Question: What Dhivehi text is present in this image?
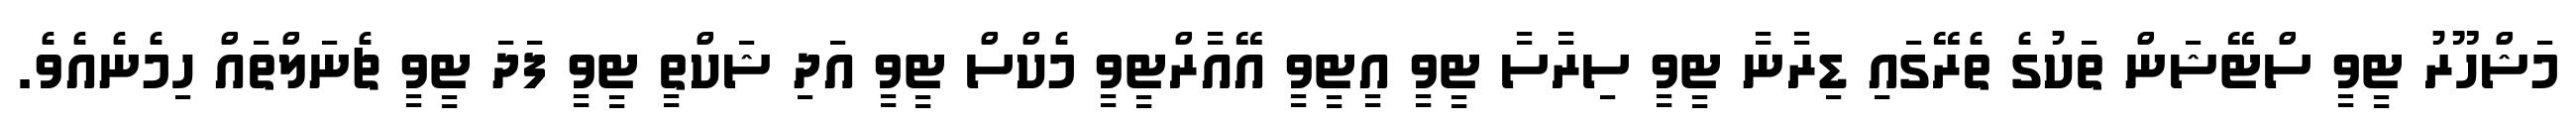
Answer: މަޝްހޫރު ޓީވީ ސްޓޭޝަން ތަކުގެ ތެރޭގައި ޑިރާނާ ޓީވީ ސިރާސާ ޓީވީ އީޓީވީ އޭއާރްޓީވީ މެކްސް ޓީވީ އަދި ޝަކްތީ ޓީވީ ފަދަ ޓީވީ ޗެނަލްތައް ހިމެނެއެވެ.